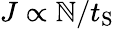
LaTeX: J\propto\mathbb{N}/t_{\mathrm{{S}}}